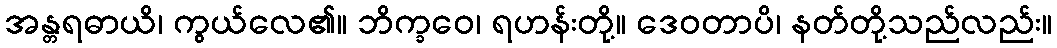
အန္တရဓာယိ၊ ကွယ်လေ၏။ ဘိက္ခဝေ၊ ရဟန်းတို့။ ဒေဝတာပိ၊ နတ်တို့သည်လည်း။